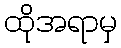
ထိုအရာမှ